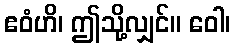
ဧဝံဟိ၊ ဤသို့လျှင်။ ဝေါ၊